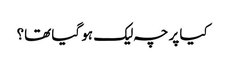
کیا پرچہ لیک ہو گیا تھا؟